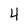
Character: 4